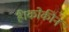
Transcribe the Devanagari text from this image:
है।कोकीन